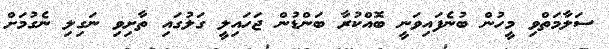
ސަލާމަތްވި މީހުން ބުނެފައިވަނީ ބޮއްކުރާ ބަންޑުން ޖަހައިލީ ގަލުގައި ތާށިވި ނަގިލި ނެގުމަށް